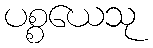
ပစ္စယေသု